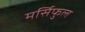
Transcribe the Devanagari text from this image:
मर्सिफुल